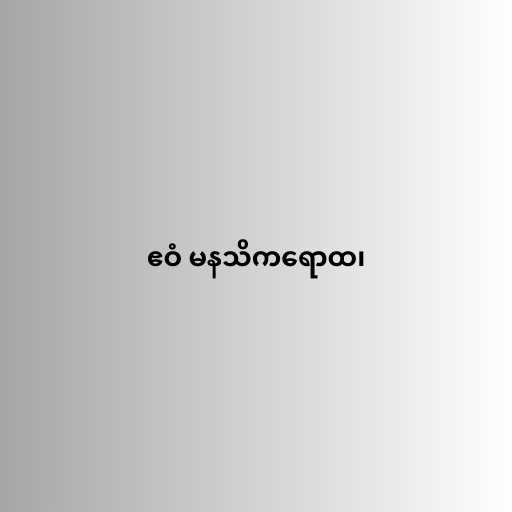
ဧဝံ မနသိကရောထ၊